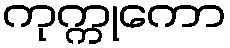
ကုက္ကုကော